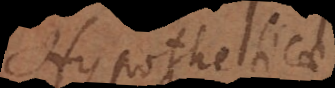
Hypotheticae,